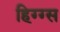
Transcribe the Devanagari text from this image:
हिग्ग्स